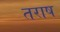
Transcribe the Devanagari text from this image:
तराष